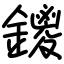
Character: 鑁